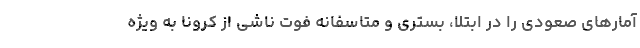
آمارهای صعودی را در ابتلا، بستری و متاسفانه فوت ناشی از کرونا به ویژه